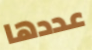
عددها